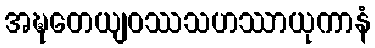
အဍ္ဎတေယျဝဿသဟဿာယုကာနံ